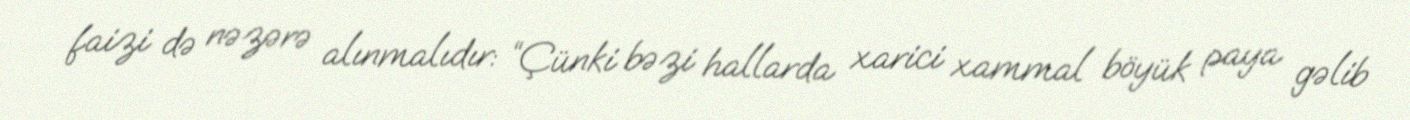
faizi də nəzərə alınmalıdır: “Çünki bəzi hallarda xarici xammal böyük paya gəlib